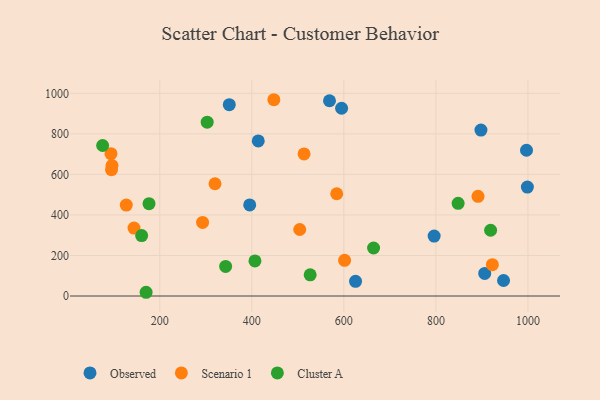
{"axis": {"x": "Price", "y": "Rating"}, "legend": ["Cluster A", "Observed", "Scenario 1"], "data": [{"x": "796.2", "y": 295.6, "type": "Observed"}, {"x": "625.4", "y": 72.6, "type": "Observed"}, {"x": "414.0", "y": 765.1, "type": "Observed"}, {"x": "351.0", "y": 943.8, "type": "Observed"}, {"x": "568.8", "y": 963.3, "type": "Observed"}, {"x": "947.0", "y": 76.5, "type": "Observed"}, {"x": "998.8", "y": 537.2, "type": "Observed"}, {"x": "996.9", "y": 719.1, "type": "Observed"}, {"x": "906.1", "y": 111.3, "type": "Observed"}, {"x": "595.1", "y": 926.2, "type": "Observed"}, {"x": "897.9", "y": 818.6, "type": "Observed"}, {"x": "395.4", "y": 449.4, "type": "Observed"}, {"x": "584.5", "y": 504.4, "type": "Scenario 1"}, {"x": "504.1", "y": 328.1, "type": "Scenario 1"}, {"x": "95.1", "y": 623.3, "type": "Scenario 1"}, {"x": "127.2", "y": 448.7, "type": "Scenario 1"}, {"x": "93.9", "y": 702.1, "type": "Scenario 1"}, {"x": "513.5", "y": 701.0, "type": "Scenario 1"}, {"x": "320.0", "y": 553.7, "type": "Scenario 1"}, {"x": "922.7", "y": 154.8, "type": "Scenario 1"}, {"x": "447.9", "y": 968.3, "type": "Scenario 1"}, {"x": "891.5", "y": 491.7, "type": "Scenario 1"}, {"x": "96.2", "y": 643.4, "type": "Scenario 1"}, {"x": "601.6", "y": 176.0, "type": "Scenario 1"}, {"x": "144.0", "y": 334.9, "type": "Scenario 1"}, {"x": "293.0", "y": 363.0, "type": "Scenario 1"}, {"x": "664.6", "y": 236.7, "type": "Cluster A"}, {"x": "176.6", "y": 455.3, "type": "Cluster A"}, {"x": "343.1", "y": 146.1, "type": "Cluster A"}, {"x": "526.8", "y": 104.3, "type": "Cluster A"}, {"x": "918.9", "y": 324.3, "type": "Cluster A"}, {"x": "170.3", "y": 18.4, "type": "Cluster A"}, {"x": "303.0", "y": 857.5, "type": "Cluster A"}, {"x": "406.8", "y": 172.9, "type": "Cluster A"}, {"x": "75.8", "y": 742.4, "type": "Cluster A"}, {"x": "160.6", "y": 298.2, "type": "Cluster A"}, {"x": "848.3", "y": 457.4, "type": "Cluster A"}]}